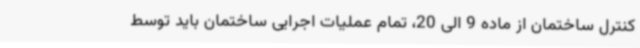
کنترل ساختمان از ماده 9 الی 20، تمام عملیات اجرایی ساختمان باید توسط